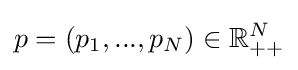
p=(p_{1},...,p_{N})\in \mathbb {R} _{++}^{N}